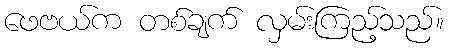
ဖေဗယ်က တစ်ချက် လှမ်းကြည့်သည်။